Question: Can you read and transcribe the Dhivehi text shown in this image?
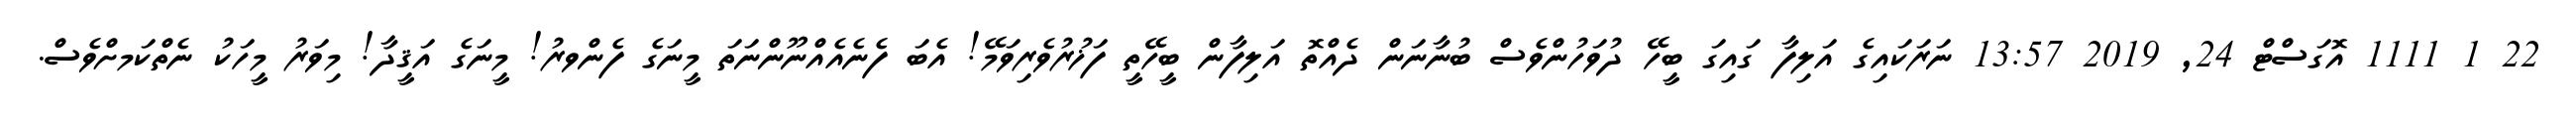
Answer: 22 1 1111 އޮގަސްޓް 24, 2019 13:57 ނަރަކައިގެ އަލިފާ ގައިގަ ބީހޭ ދުވަހުންވެސް ބުނާނަން ދެއްތޮ އަލިފާން ބީހޭތީ ފަޚުރުވެރިވަމޭ! އެބަ ފެނެއެއްނޫންނަތަ މީނަގެ ފެންވރު! މީނަގެ އަޤީދާ! މިވަރު މީހަކު ނެތްކަމށްވެސް.